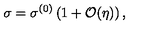
\sigma = \sigma ^ { ( 0 ) } \left( 1 + { \cal O } ( \eta ) \right) ,